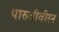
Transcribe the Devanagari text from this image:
पारुथीवीरन